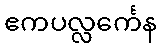
ဧကပလ္လင်္ကေန